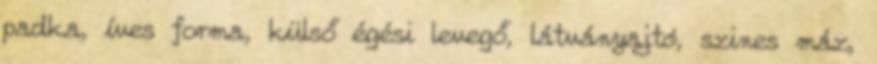
padka, íves forma, külső égési levegő, látványajtó, szines máz,